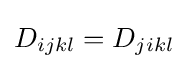
D_{ijkl}=D_{jikl}